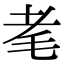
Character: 𦒷